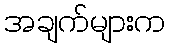
အချက်များက